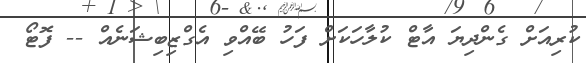
ކުރިއަށް ގެންދިޔަ އާޓް ކުލާހަކަށް ފަހު ބޭއްވި އެގްޒިބިޝަނެއް -- ފޮޓޯ